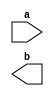
module kooft(input a, output b);

endmodule